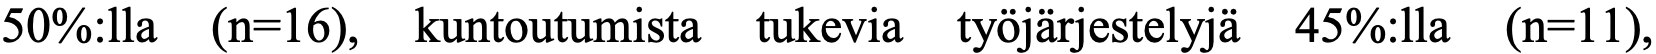
50%:lla (n=16), kuntoutumista tukevia työjärjestelyjä 45%:lla (n=11),